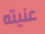
عنيته